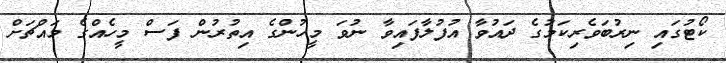
ކޯޓުގައި ނިރުބަވެރިކަމުގެ ދައުވާ އުފުލާފައިވާ ނުވަ މީހުންގެ އިތުރުން ފަސް މީހެއްގެ މައްޗަށް